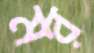
মর